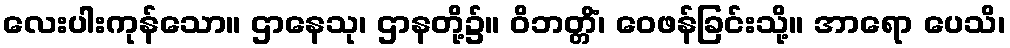
လေးပါးကုန်သော။ ဌာနေသု၊ ဌာနတို့၌။ ဝိဘတ္တိံ၊ ဝေဖန်ခြင်းသို့။ အာရော ပေသိ၊